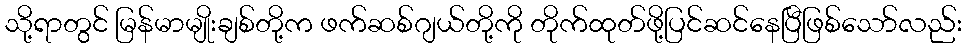
သို့ရာတွင် မြန်မာမျိုးချစ်တို့က ဖက်ဆစ်ဂျယ်တို့ကို တိုက်ထုတ်ဖို့ပြင်ဆင်နေပြီဖြစ်သော်လည်း